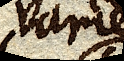
varie